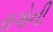
રાગોની